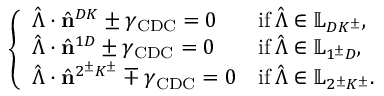
\left\{ \begin{array} { l l } { \hat { \boldsymbol { \Lambda } } \cdot \hat { \mathbf { n } } ^ { D K } \pm \gamma _ { \mathrm { C D C } } = 0 } & { \mathrm { i f } \, \hat { \boldsymbol { \Lambda } } \in \mathbb { L } _ { D K ^ { \pm } } , } \\ { \hat { \boldsymbol { \Lambda } } \cdot \hat { \mathbf { n } } ^ { 1 D } \pm \gamma _ { \mathrm { C D C } } = 0 } & { \mathrm { i f } \, \hat { \boldsymbol { \Lambda } } \in \mathbb { L } _ { 1 ^ { \pm } D } , } \\ { \hat { \boldsymbol { \Lambda } } \cdot \hat { \mathbf { n } } ^ { 2 ^ { \pm } K ^ { \pm } } \mp \gamma _ { \mathrm { C D C } } = 0 } & { \mathrm { i f } \, \hat { \boldsymbol { \Lambda } } \in \mathbb { L } _ { 2 ^ { \pm } K ^ { \pm } } . } \end{array} \right.